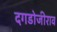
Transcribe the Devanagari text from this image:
दगडोजीराव